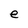
Character: e